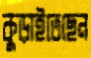
কুড়াইতেছেন